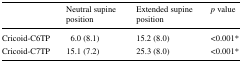
<table><thead><tr><td></td><td><b>Neutral supine position</b></td><td><b>Extended supine position</b></td><td><b><i>p</i> value</b></td></tr></thead><tbody><tr><td>Cricoid-C6TP</td><td>6.0 (8.1)</td><td>15.2 (8.0)</td><td>&lt;0.001*</td></tr><tr><td>Cricoid-C7TP</td><td>15.1 (7.2)</td><td>25.3 (8.0)</td><td>&lt;0.001*</td></tr></tbody></table>